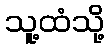
သူ့ထံသို့